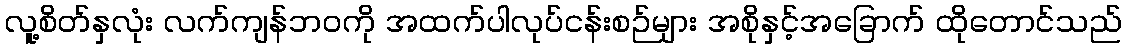
လူ့စိတ်နှလုံး လက်ကျန်ဘဝကို အထက်ပါလုပ်ငန်းစဉ်များ အစိုနှင့်အခြောက် ထိုတောင်သည်